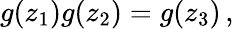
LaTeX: g(z_{1})g(z_{2})=g(z_{3})\, ,